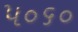
૫૦૬૦